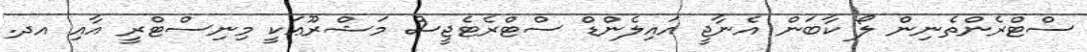
ސްޓްރެންތެނިން ލޯ ކާބަން އެނާޖީ އައިލެންޑް ސްޓްރެޓެޖީސް މަޝްރޫޢަކީ މިނިސްޓްރީ އާއި އދ.